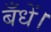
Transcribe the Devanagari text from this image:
बँधें।